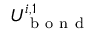
U _ { \mathrm { ~ b ~ o ~ n ~ d ~ } } ^ { i , 1 }